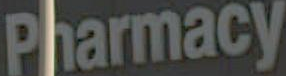
Pharmacy